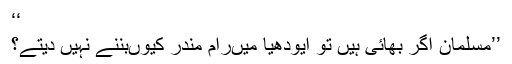
‘‘
’’مسلمان اگر بھائی ہیں تو ایودھیا میںرام مندر کیوںبننے نہیں دیتے؟